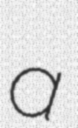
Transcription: a